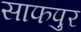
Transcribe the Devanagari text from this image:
साफपुर